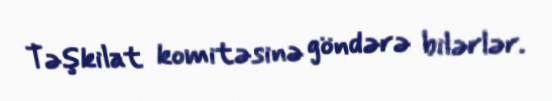
Təşkilat komitəsinə göndərə bilərlər.